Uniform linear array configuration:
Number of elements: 16
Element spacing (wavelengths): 0.5
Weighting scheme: cosine
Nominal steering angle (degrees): -45
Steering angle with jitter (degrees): -45.401
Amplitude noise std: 0.05
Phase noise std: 0.05

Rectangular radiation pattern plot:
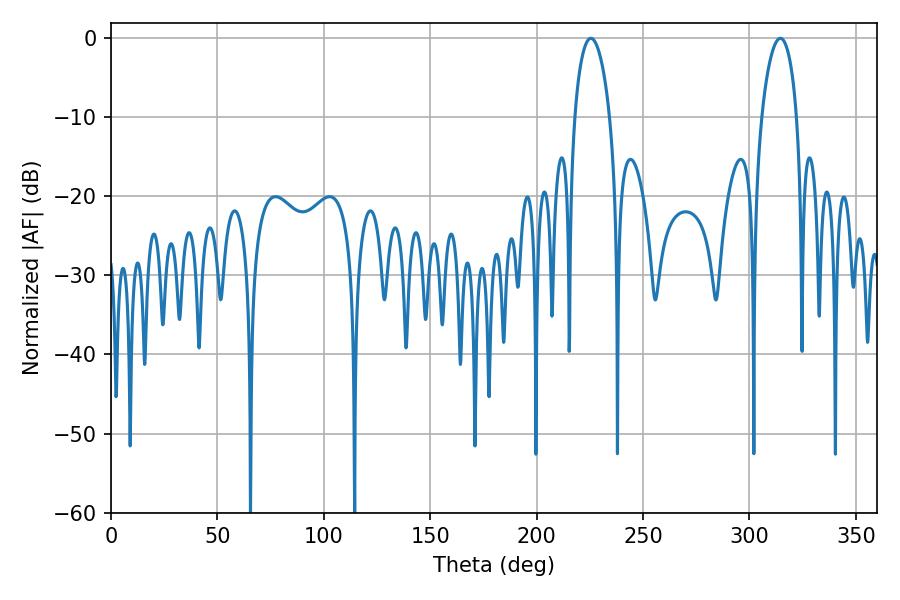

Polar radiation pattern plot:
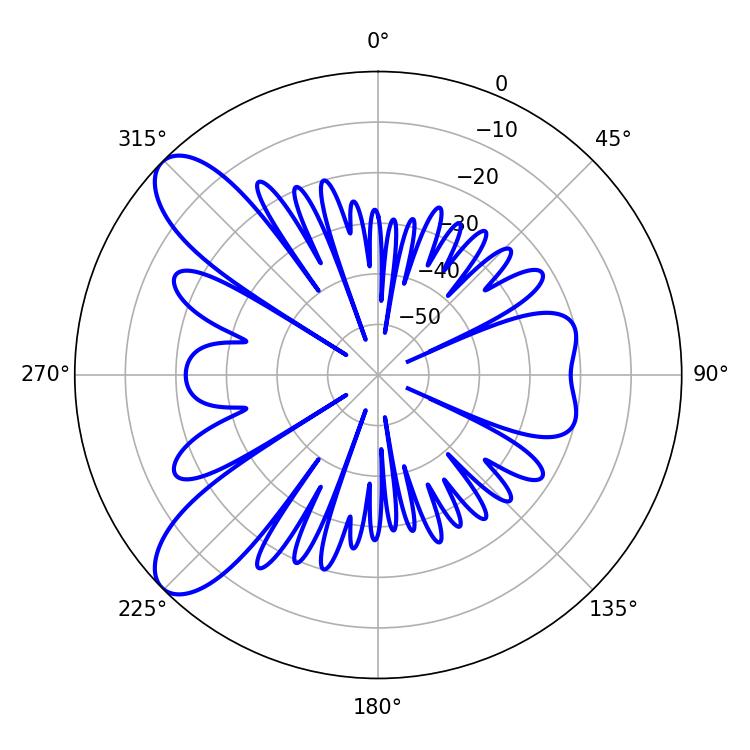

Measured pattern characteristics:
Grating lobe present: FALSE
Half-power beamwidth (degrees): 9.36
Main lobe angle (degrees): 225.54